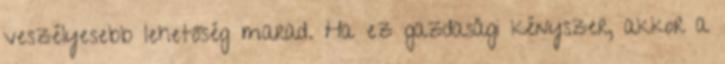
veszélyesebb lehetőség marad. Ha ez gazdasági kényszer, akkor a